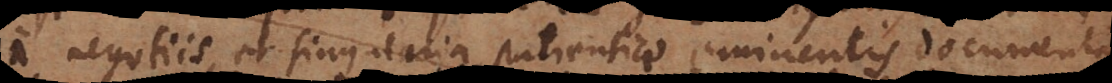
a negotiis, et singularia patientiae eminentis documenta